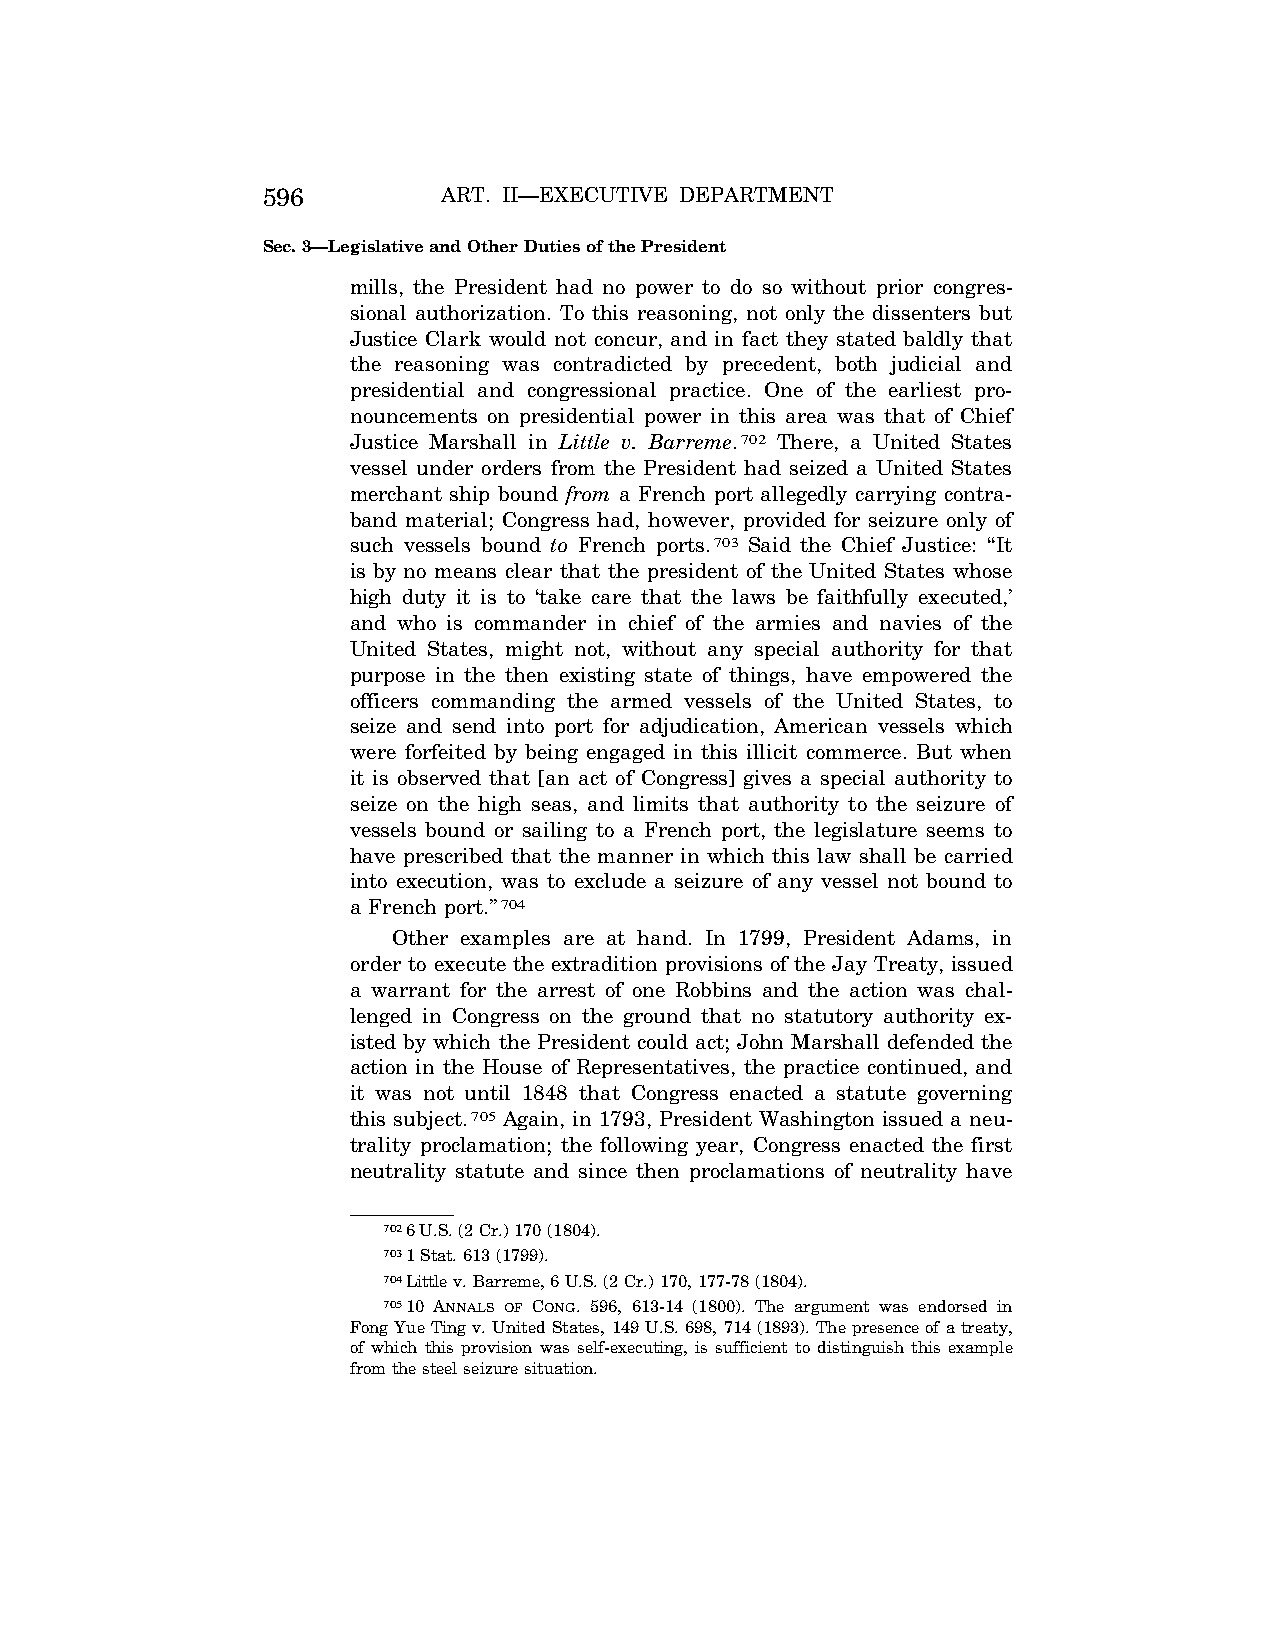
596         ART. II—EXECUTIVE DEPARTMENT
 Sec. 3—Legislative and Other Duties of the President
 mills, the President had no power to do so without prior congres-
 sional authorization. To this reasoning, not only the dissenters but
 Justice Clark would not concur, and in fact they stated baldly that
 the reasoning was contradicted by precedent, both judicial and
 presidential and congressional practice. One of the earliest pro-
 nouncements on presidential power in this area was that of Chief
 Justice Marshall in Little v. Barreme.702 There, a United States
 vessel under orders from the President had seized a United States
 merchant ship bound from a French port allegedly carrying contra-
 band material; Congress had, however, provided for seizure only of
 such vessels bound to French ports.703 Said the Chief Justice: ‘‘It
 is by no means clear that the president of the United States whose
 high duty it is to ‘take care that the laws be faithfully executed,’
 and who is commander in chief of the armies and navies of the
 United States, might not, without any special authority for that
 purpose in the then existing state of things, have empowered the
 officers commanding the armed vessels of the United States, to
 seize and send into port for adjudication, American vessels which
 were forfeited by being engaged in this illicit commerce. But when
 it is observed that [an act of Congress] gives a special authority to
 seize on the high seas, and limits that authority to the seizure of
 vessels bound or sailing to a French port, the legislature seems to
 have prescribed that the manner in which this law shall be carried
 into execution, was to exclude a seizure of any vessel not bound to
 a French port.’’704
 Other examples are at hand. In 1799, President Adams, in
 order to execute the extradition provisions of the Jay Treaty, issued
 a warrant for the arrest of one Robbins and the action was chal-
 lenged in Congress on the ground that no statutory authority ex-
 isted by which the President could act; John Marshall defended the
 action in the House of Representatives, the practice continued, and
 it was not until 1848 that Congress enacted a statute governing
 this subject.705 Again, in 1793, President Washington issued a neu-
 trality proclamation; the following year, Congress enacted the first
 neutrality statute and since then proclamations of neutrality have
 7026 U.S. (2 Cr.) 170 (1804).
 7031 Stat. 613 (1799).
 704Little v. Barreme, 6 U.S. (2 Cr.) 170, 177-78 (1804).
 70510 ANNALS OF CONG. 596, 613-14 (1800). The argument was endorsed in
 Fong Yue Ting v. United States, 149 U.S. 698, 714 (1893). The presence of a treaty,
 of which this provision was self-executing, is sufficient to distinguish this example
 from the steel seizure situation.
 VerDate Aug<04>2004 13:21 Oct 06, 2004 Jkt 077500 PO 00000 Frm 00164 Fmt 8222 Sfmt 8222 C:\CONAN\CON011.SGM PRFM99 PsN: CON011